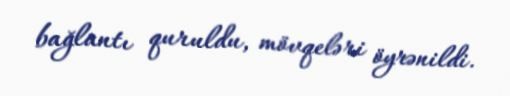
bağlantı quruldu, mövqeləri öyrənildi.